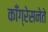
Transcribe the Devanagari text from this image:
काँग्रेसनेते